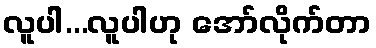
လူပါ...လူပါဟု အော်လိုက်တာ